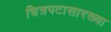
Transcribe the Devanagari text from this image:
चित्रपटासारख्या